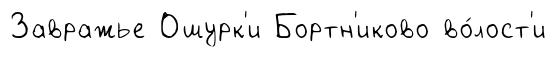
Завражье Ошурк'и Бортн'иково во́лост'и